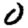
Digit: 0